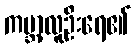
ကမ္ဘာ့လူဦးရေ၏